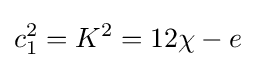
c_{1}^{2}=K^{2}=12\chi -e